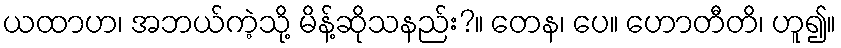
ယထာဟ၊ အဘယ်ကဲ့သို့ မိန့်ဆိုသနည်း?။ တေန၊ ပေ။ ဟောတီတိ၊ ဟူ၍။